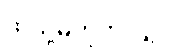
ထိုသို့မဟုတ်လျှင်